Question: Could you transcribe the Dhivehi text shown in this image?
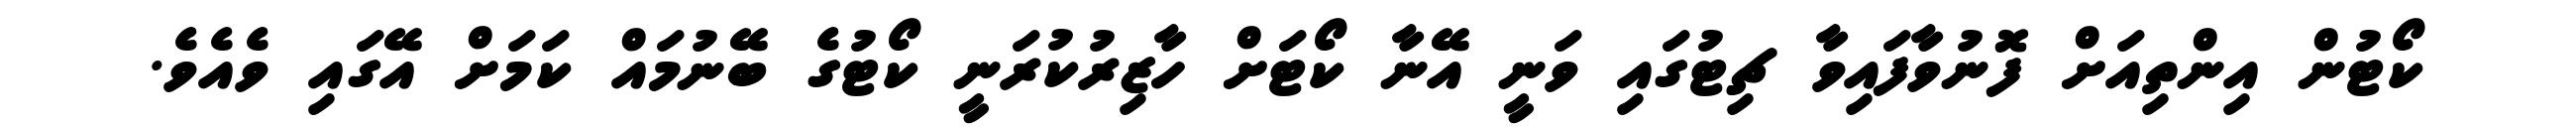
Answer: ކޯޓުން އިންތިއަށް ފޮނުވާފައިވާ ޗިޓުގައި ވަނީ އޭނާ ކޯޓަށް ހާޒިރުކުރަނީ ކޯޓުގެ ބޭނުމައް ކަމަށް އޭގައި ވެއެވެ.